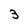
Character: 3